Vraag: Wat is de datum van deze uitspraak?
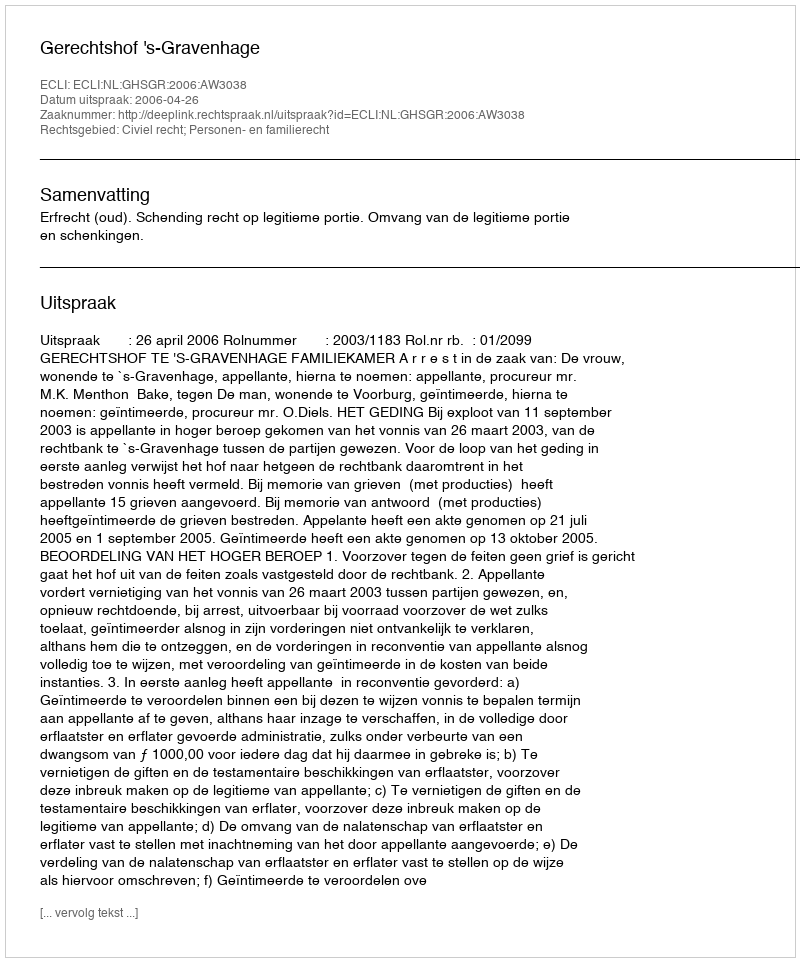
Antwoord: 2006-04-26